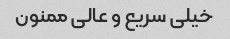
خیلى سریع و عالى ممنون